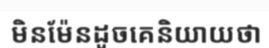
មិនម៉ែនដូចគេនិយាយថា